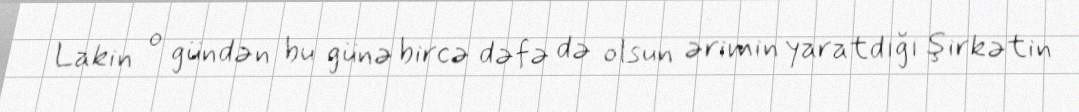
Lakin o gündən bu günə bircə dəfə də olsun ərimin yaratdığı şirkətin